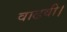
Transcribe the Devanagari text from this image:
वाढवी।